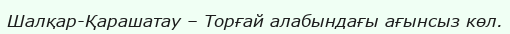
Шалқар-Қарашатау – Торғай алабындағы ағынсыз көл.